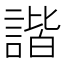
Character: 諧